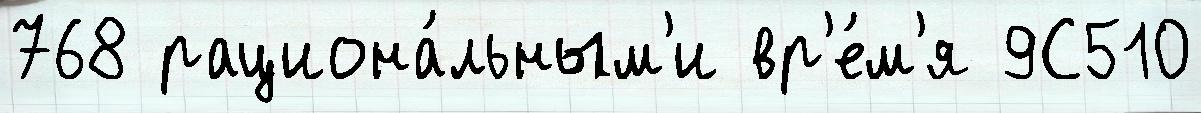
768 рациона́льным'и вр'е́м'я 9С510